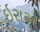
ઇરાએ